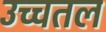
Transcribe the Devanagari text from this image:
उच्चतल